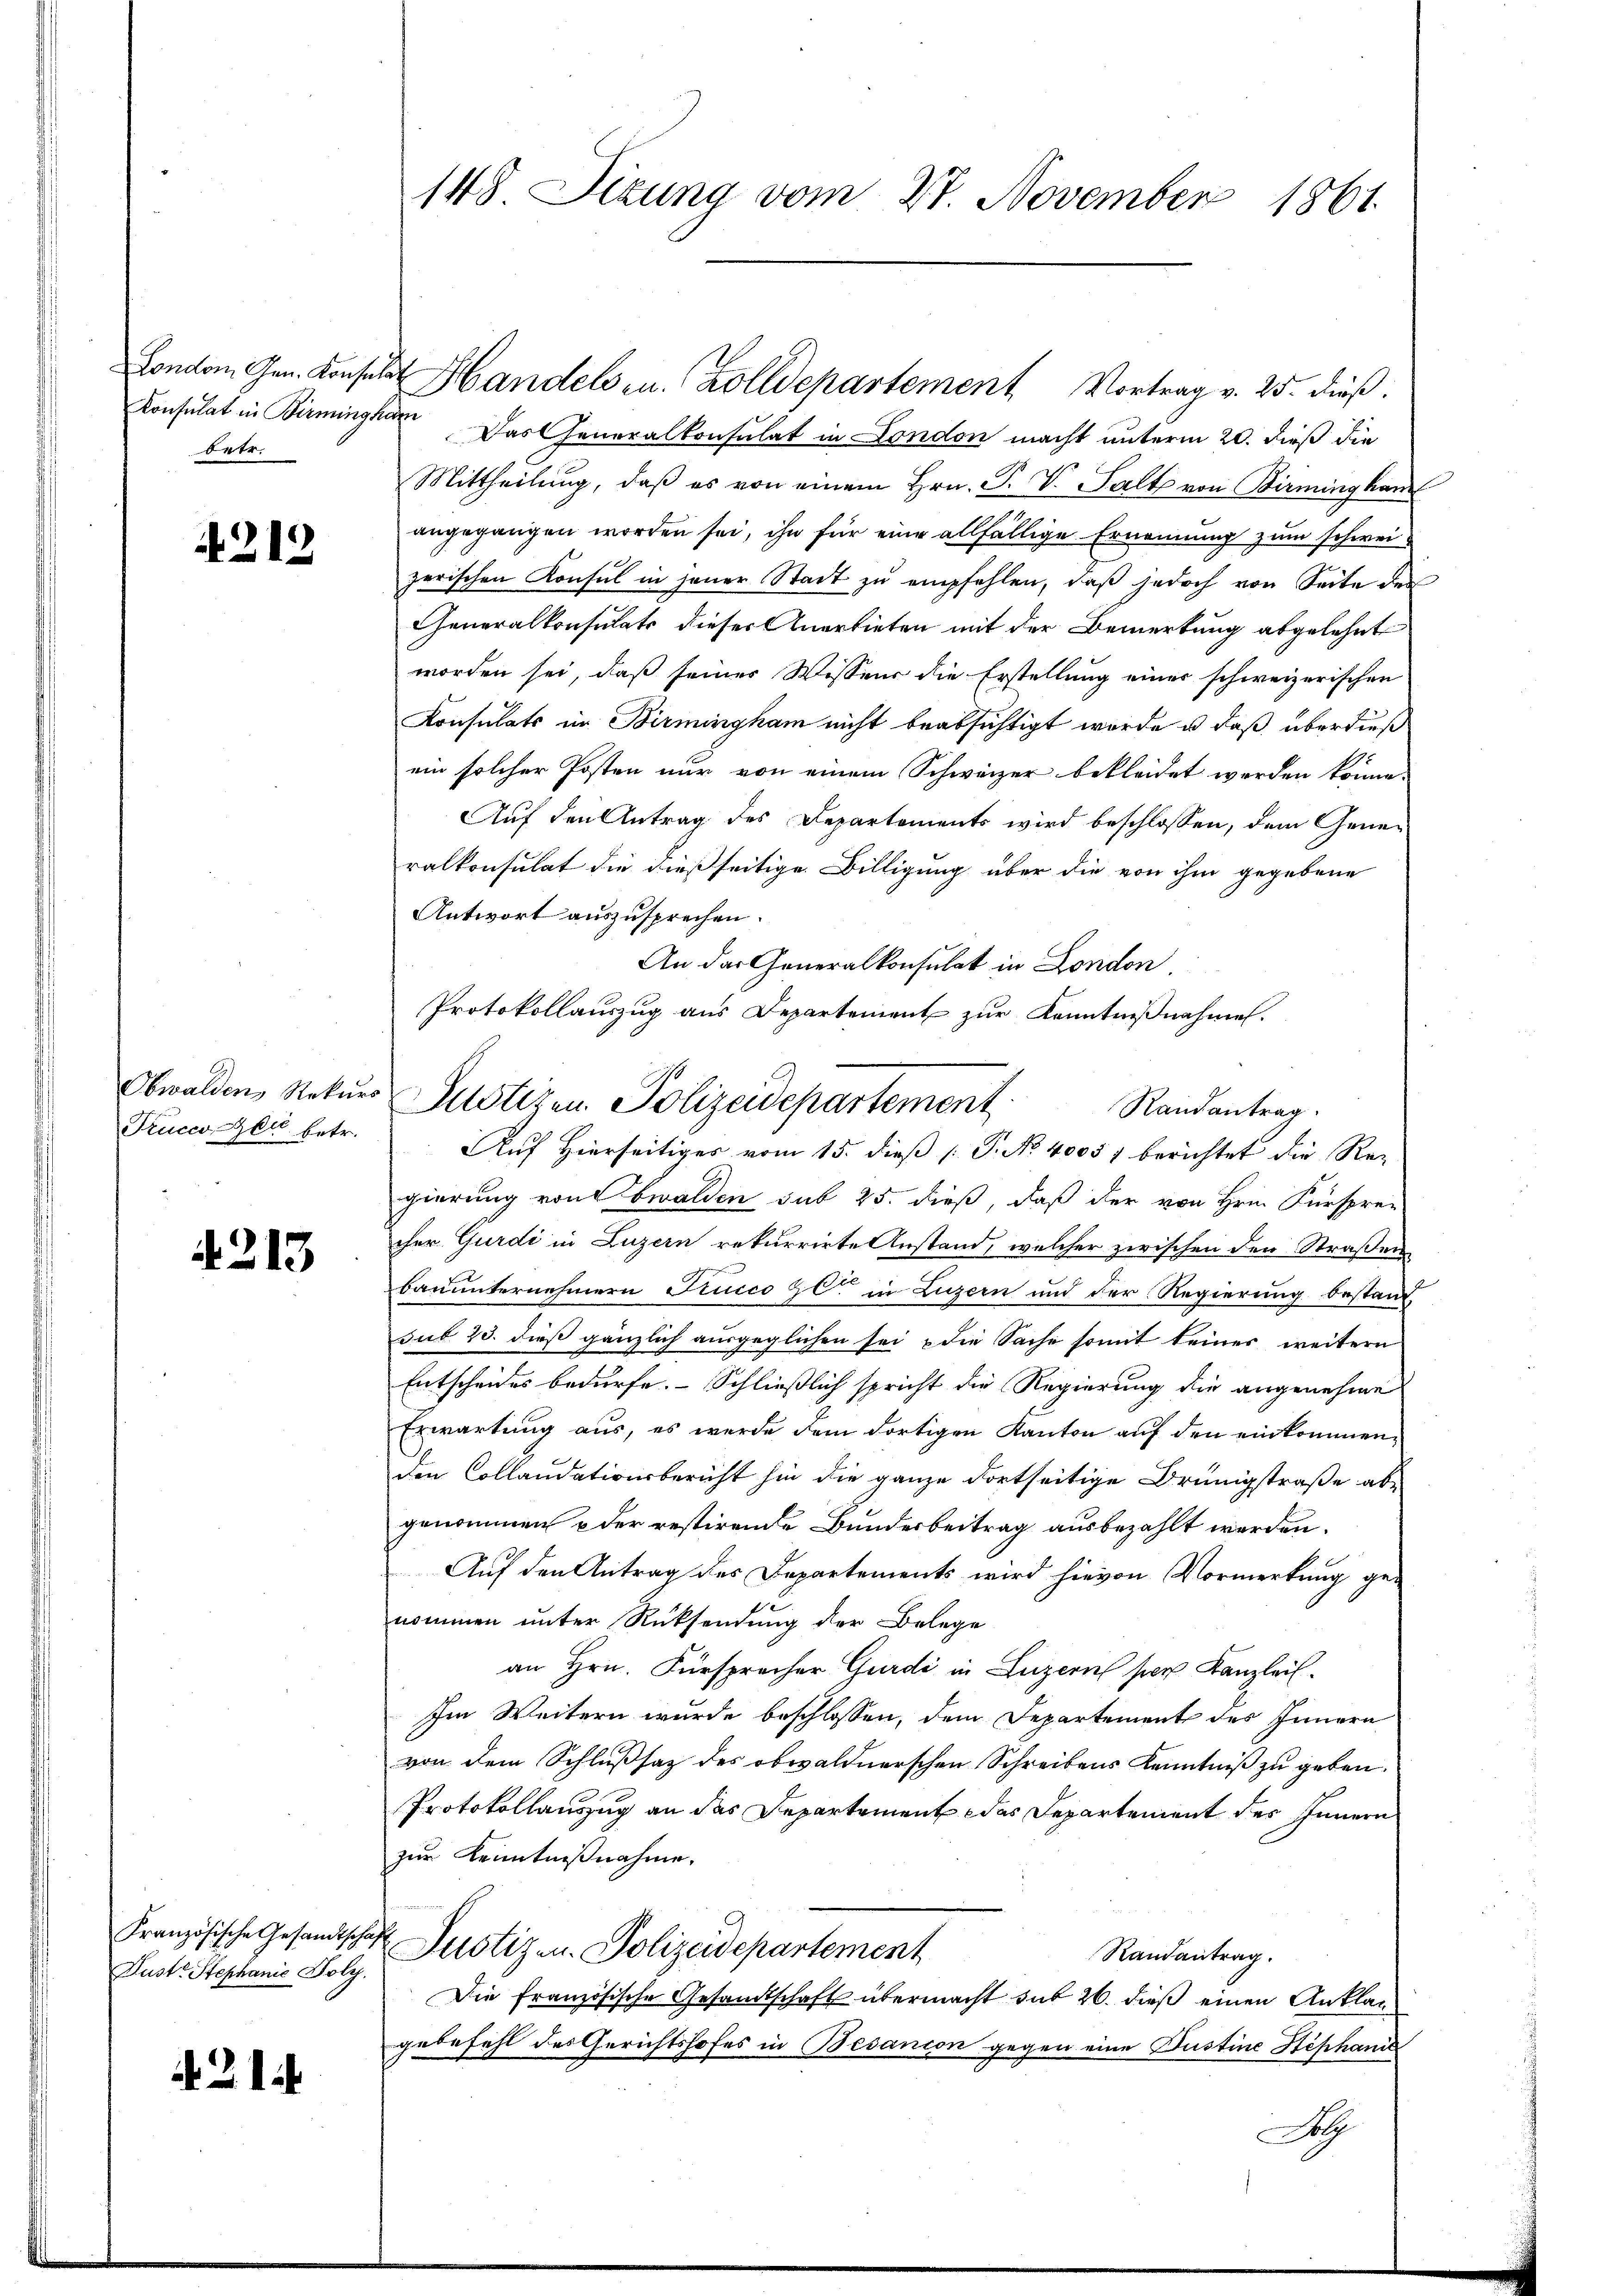
betr.

212

Prucco Zeit betr.

4213

Dust Stephanie Poly.

4214

London Gen. Konsulat Handels zu. Zolldepartement Vortrag v. 25. dieß.
Konsulat in Birmingham. Das Generalkonsulat in London macht unterm 20. dieß die
Mittheilŭng, daβ es von einem Hrn. P. V. Salt von Birmingkam
angegangen worden sei, ihn für eine allfällige Ernennung zum schweizerischen Konsul in jener Stadt zŭ empfehlen, daβ jedoch von Seite des
Generalkonsulats dieser Anerbieten mit der Bemerkung abgelehnt
worden sei, daß seiner Wissens die Erstellung einer schweizerischen
Konsulats in Birmingham nicht beabsichtigt worde u. daß überdieß
ein solcher Posten nur von einem Schweizer bekleidet worden könne.
Auf den Antrag des Departements wird beschlossen, dem Generalkonsulat die dießseitige Billigung über die von ihm gegebene
Antwort auszusprechen.
An der Generalkonsulat in London
Protokollauszug aus Departement zur Kenntnißnahmen.
Obwalden Natur Justizen Polizeidepartement.
Randantrag
Auf Hierseitiges vom 15. dieß P. No 40057 berichtet die Re-
gierung von bwalden sub 25. dieß, daß der von Hrn. Fürsprecher Gurdi in Luzern rekurrirte Anstand, welcher zwischen den Straßen
Bauunternehmern Succo &C. in Luzern und der Regierung bestand
sub 23. dieß gänzlich ausgeglichen sei & die Sache somit keiner weitern
Entscheides bedürfe. Schließlich spricht die Regierung die angenehme
Erwartung aus, es werde dem dortigen Kanton auf den einkommenden Collaudationsbericht hin die ganze Fortseitige Brünigstraße ab-
genommen & der restirende Bundesbeitrag ausbezahlt werden.
Auf den Antrag des Departements wird hievon Vormerkung genommen unter Rücksendung der Belege
an Hrn. Fürsprecher Gurdi in Luzern per Kanzleil¬
Im Weitern wurde beschlossen, dem Departement des Innern
von dem Schlußsatz des obwaldnerschen Schreibens Kenntniß zu geben.
Protokollauszug an das Departement das Departement des Innern
zur Kenntnißnahme,
Französische Gesandtschaft Justizen Polizeidepartement
Randantrag.
Die französische Gesandtschaft übermacht sub 26. dieß einen Anklage
gebefehl des Gerichtshofes in Besanion gegen eine Bustine Stephanis
ah

148. Sizung vom 27. November 1861.